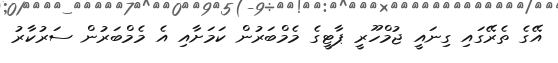
އޭގެ ތެރޭގައި ގިނައީ ޖުމްހޫރީ ޕާޓީގެ މެމްބަރުން ކަމަށާއި އެ މެމްބަރުން ސަރުކާރު